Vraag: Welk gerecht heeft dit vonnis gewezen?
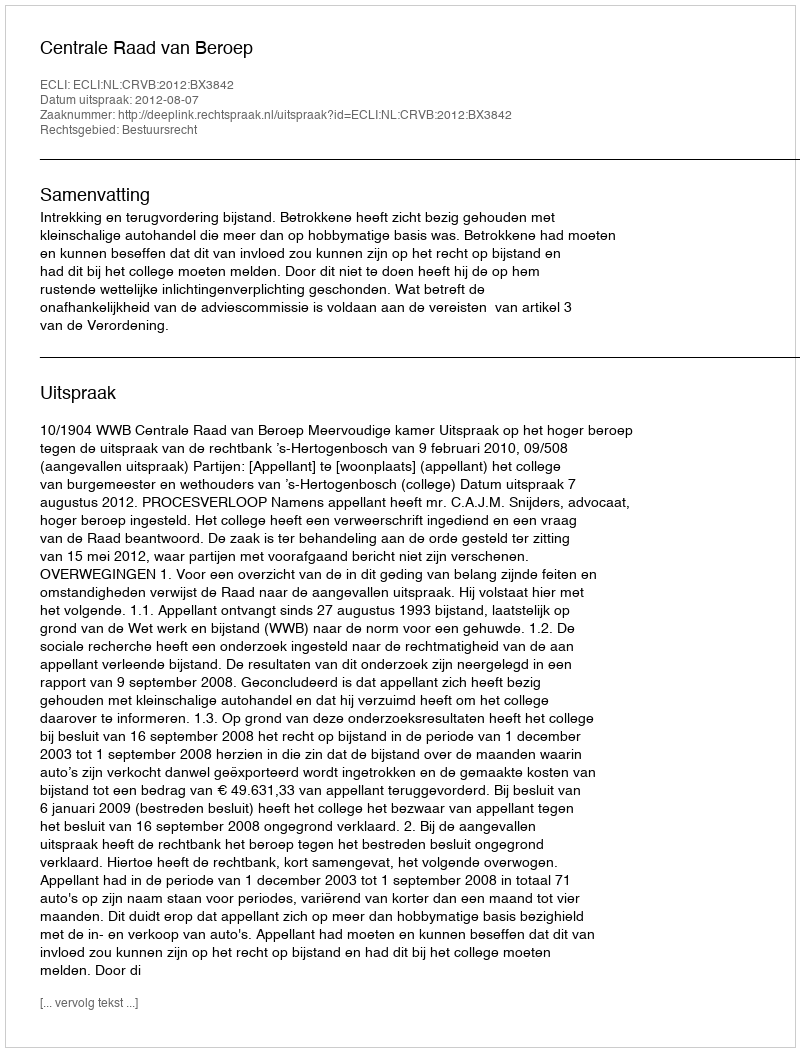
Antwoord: Centrale Raad van Beroep